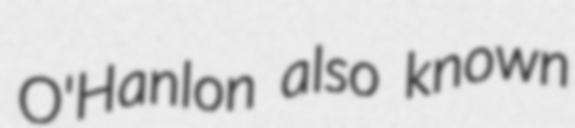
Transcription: O'Hanlon also known